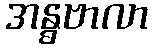
အန္ဓဗာလာ